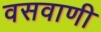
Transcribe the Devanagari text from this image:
वसवाणी